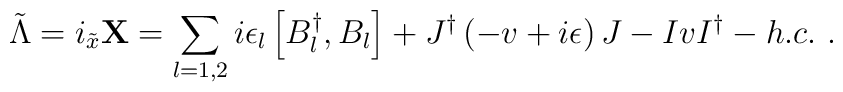
{\tilde \Lambda}=i_{\tilde x} {\bf X}=\sum_{l=1,2} i\epsilon_l\left[B_l^{\dagger},B_l\right]+J^{\dagger}\left(-v+i\epsilon\right)J-IvI^{\dagger}-h.c.\, \, .